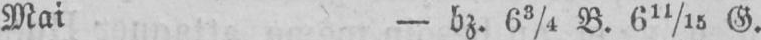
Mai - bz. 63/4 B. 611/15 G.